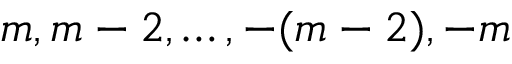
m , m - 2 , \ldots , - ( m - 2 ) , - m